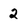
Character: 2